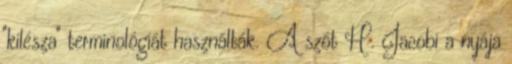
"kilésza" terminológiát használták. A szót H. Jacobi a nyája